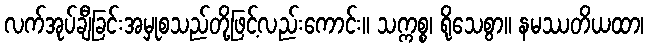
လက်အုပ်ချီခြင်းအမှုစသည်တို့ဖြင့်လည်းကောင်း။ သက္ကစ္စ၊ ရိုသေစွာ။ နမဿတိယထာ၊